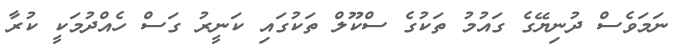
ނަމަވެސް ދުނިޔޭގެ ގައުމު ތަކުގެ ސްކޫލް ތަކުގައި ކަނީރު ގަސް ހެއްދުމަކީ ކުރާ